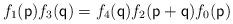
LaTeX: \begin{align*}f_1(\mathsf{p})f_3(\mathsf{q})=f_4(\mathsf{q})f_2(\mathsf{p}+\mathsf{q})f_0(\mathsf{p})\end{align*}